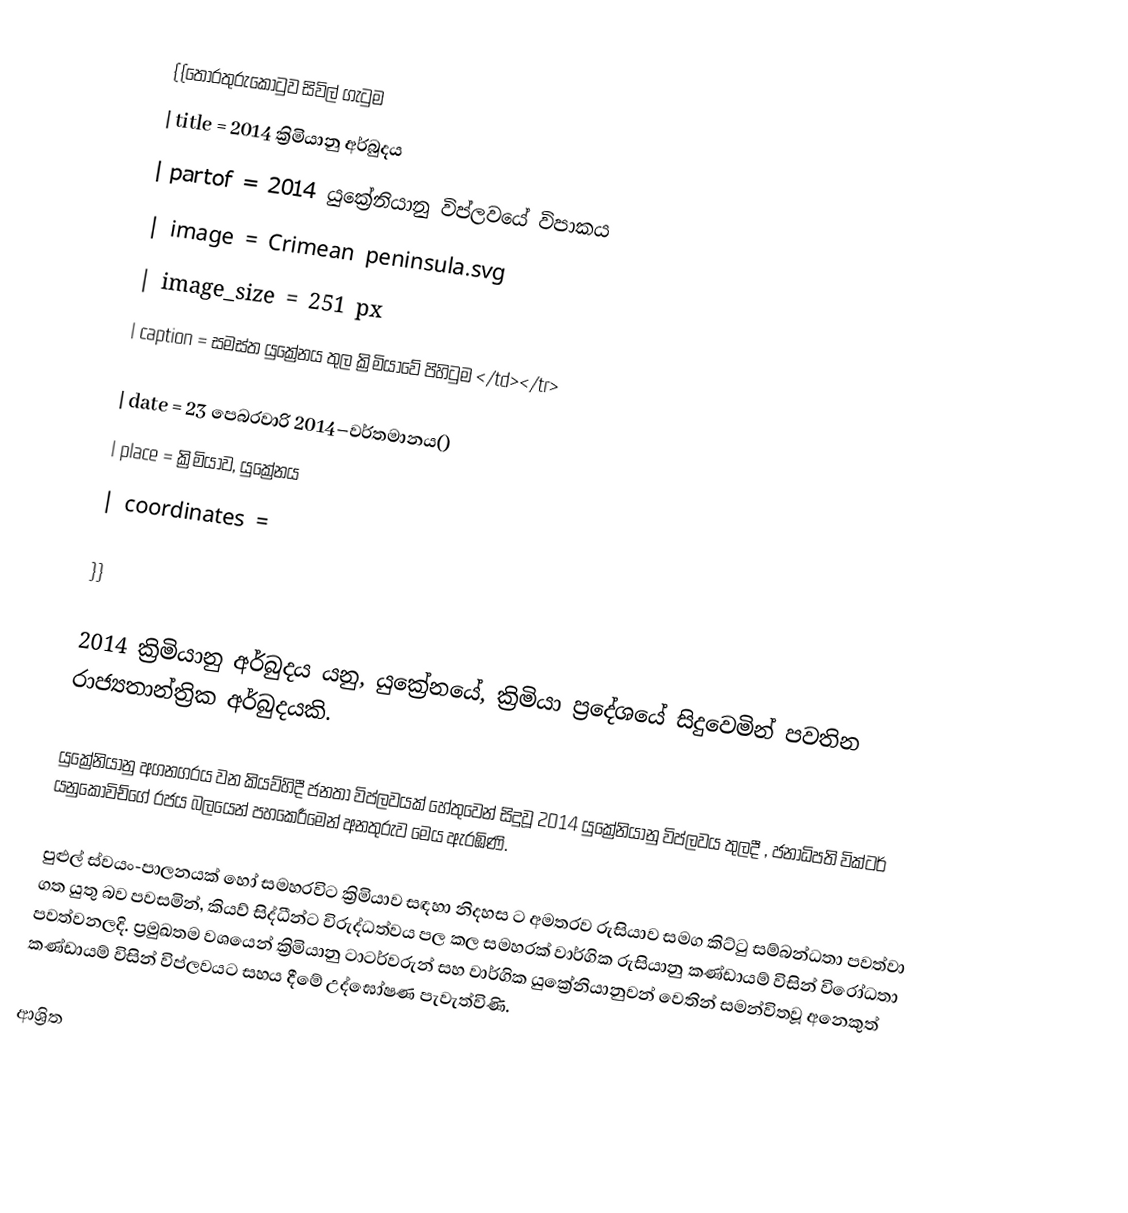
{{තොරතුරුකොටුව සිවිල් ගැටුම
| title        = 2014 ක්‍රිමියානු අර්බුදය
| partof       =  2014 යුක්‍රේනියානු විප්ලවයේ විපාකය
| image        = Crimean peninsula.svg
| image_size   = 251 px
| caption      = සමස්ත යුක්‍රේනය තුල ක්‍රිමියාවේ පිහිටුම </td></tr>

| date         = 23 පෙබරවාරි  2014–වර්තමානය()
| place        = ක්‍රිමියාව, යුක්‍රේනය
| coordinates  =

}}

2014 ක්‍රිමියානු අර්බුදය යනු,   යුක්‍රේනයේ,  ක්‍රිමියා ප්‍රදේශයේ සිදුවෙමින් පවතින රාජ්‍යතාන්ත්‍රික අර්බුදයකි.

යුක්‍රේනියානු අගනගරය වන කියව්හිදී ජනතා විප්ලවයක් හේතුවෙන් සිදුවූ 2014 යුක්‍රේනියානු විප්ලවය තුලදී , ජනාධිපති  වික්ටර් යනුකොවිච්ගේ රජය බලයෙන් පහකෙරීමෙන් අනතුරුව මෙය ඇරඹිණි.

පුළුල් ස්වයං-පාලනයක් හෝ සමහරවිට ක්‍රිමියාව සඳහා නිදහස ට අමතරව රුසියාව සමග කිට්ටු සම්බන්ධතා පවත්වා ගත යුතු බව පවසමින්, කියව් සිද්ධීන්ට විරුද්ධත්වය පල කල සමහරක් වාර්ගික රුසියානු කණ්ඩායම් විසින් විරෝධතා පවත්වනලදි.  ප්‍රමුඛතම වශයෙන් ක්‍රිමියානු ටාටර්වරුන් සහ වාර්ගික යුක්‍රේනියානුවන් වෙතින් සමන්විතවූ අනෙකුත් කණ්ඩායම් විසින් විප්ලවයට සහය දීමේ උද්ඝෝෂණ පැවැත්විණි.

ආශ්‍රිත